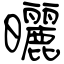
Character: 曬